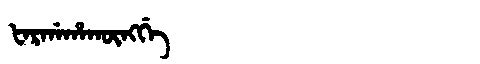
Manchu: ᡶᠠᡵᡤᠠᡥᠠᡴᡡᠩᡤᡝ
Romanization: FARGAHAKŪNGGE